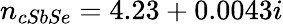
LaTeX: n_{cSbSe}=4.23+0.0043i